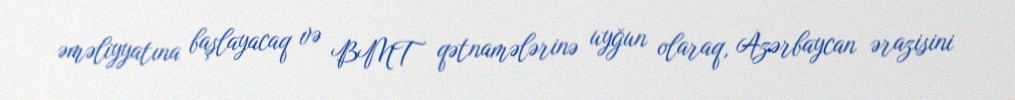
əməliyyatına başlayacaq və BMT qətnamələrinə uyğun olaraq, Azərbaycan ərazisini